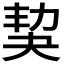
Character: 𡘢